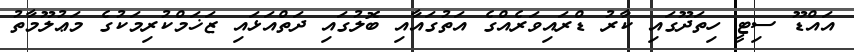
އައްޑޫ ސިޓީ ހިތަދޫގައި ކާރު ޑްރައިވަރެއްގެ އަތުގައާއި ބޮލުގައި ދަތްއަޅައި ޒަޚަމްކުރިމަކުގެ މަޢުލޫމާތު